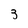
Character: 3